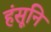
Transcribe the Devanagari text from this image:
हंसूनि